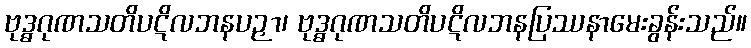
ဗုဒ္ဓဂုဏသတိပဋိလဘနပဉှာ၊ ဗုဒ္ဓဂုဏသတိပဋိလဘနပြဿနာမေးခွန်းသည်။